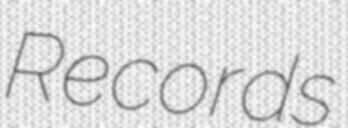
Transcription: Records